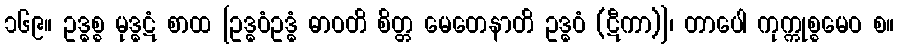
၁၆၉။ ဥဒ္ဓစ္စ မုဒ္ဓဋံ စာထ [ဥဒ္ဓဝံဥဒ္ဓံ ဓာဝတိ စိတ္တ မေတေနာတိ ဥဒ္ဓဝံ (ဋီကာ)]၊ တာပေါ ကုက္ကုစ္စမေဝ စ။